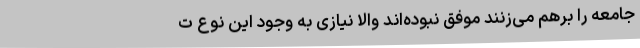
جامعه را برهم می‌زنند موفق نبوده‌اند والا نیازی به وجود این نوع ت